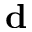
{ \bf d }